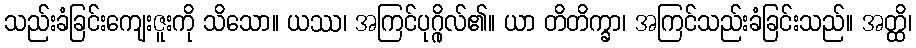
သည်းခံခြင်းကျေးဇူးကို သိသော။ ယဿ၊ အကြင်ပုဂ္ဂိုလ်၏။ ယာ တိတိက္ခာ၊ အကြင်သည်းခံခြင်းသည်။ အတ္ထိ၊